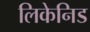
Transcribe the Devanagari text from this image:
लिकेनिड